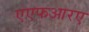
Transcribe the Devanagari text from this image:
एएफआरए